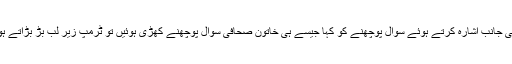
امریکی صدر پریس کانفرنس کے لیے آئے تو انہوں نے خاتون صحافی سسیلیا ویگا کی جانب اشارہ کرتے ہوئے سوال پوچھنے کو کہا جیسے ہی خاتون صحافی سوال پوچھنے کھڑی ہوئیں تو ٹرمپ زیر لب بڑ بڑاتے ہوئے بولے کہ ’صحافی حیران ہیں کہ انہیں سوال پوچھنے کے لیے منتخب کیا گیا ہے۔